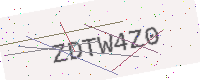
Text: ZDTW4Z0